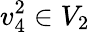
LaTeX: v_{4}^{2}\in V_{2}